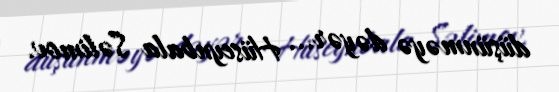
düşünməyə dəyər... Hüseynbala Səlimov.